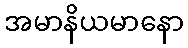
အမာနိယမာနော